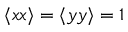
\langle { x x } \rangle = \langle { y y } \rangle = 1